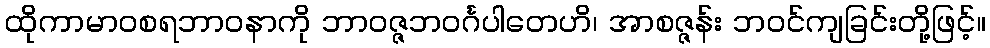
ထိုကာမာဝစရဘာဝနာကို ဘာဝဇ္ဇဘဝင်္ဂပါတေဟိ၊ အာစဇ္ဇန်း ဘဝင်ကျခြင်းတို့ဖြင့်။